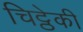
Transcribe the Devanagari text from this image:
चिट्ठेकी